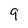
Character: 9